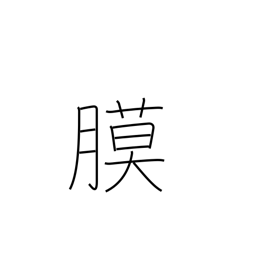
Meaning: membrane